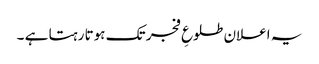
یہ اعلان طلوعِ فجر تک ہوتا رہتا ہے ۔